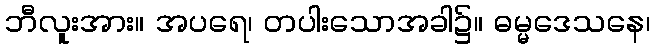
ဘီလူးအား။ အပရေ၊ တပါးသောအခါ၌။ ဓမ္မဒေသနေ၊